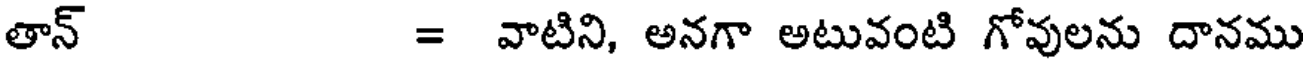
తాన్ = వాటిని, అనగా అటువంటి గోవులను దానము